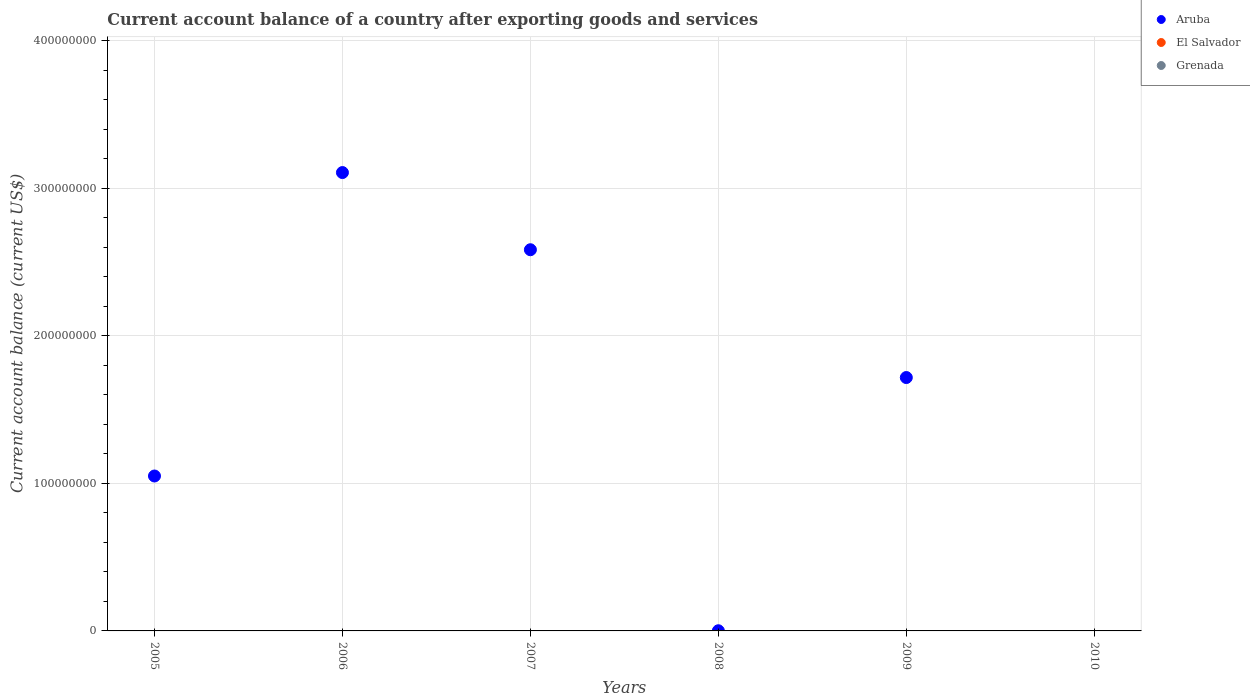
| Years | Aruba | El Salvador | Grenada |
 | --- | --- | --- | --- |
 | 2005 | 1.05e+08 | -6.22e+08 | -1.93e+08 |
 | 2006 | 3.11e+08 | -7.66e+08 | -2.27e+08 |
 | 2007 | 2.58e+08 | -1.22e+09 | -2.42e+08 |
 | 2008 | 1.12e+05 | -1.53e+09 | -2.52e+08 |
 | 2009 | 1.72e+08 | -3.12e+08 | -1.97e+08 |
 | 2010 | -4.6e+08 | -5.33e+08 | -2.04e+08 |